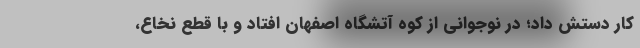
کار دستش داد؛ در نوجوانی از کوه آتشگاه اصفهان افتاد و با قطع نخاع،